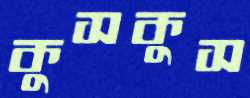
কুসকুস